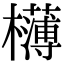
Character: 欂